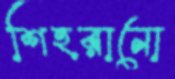
শিহরানো